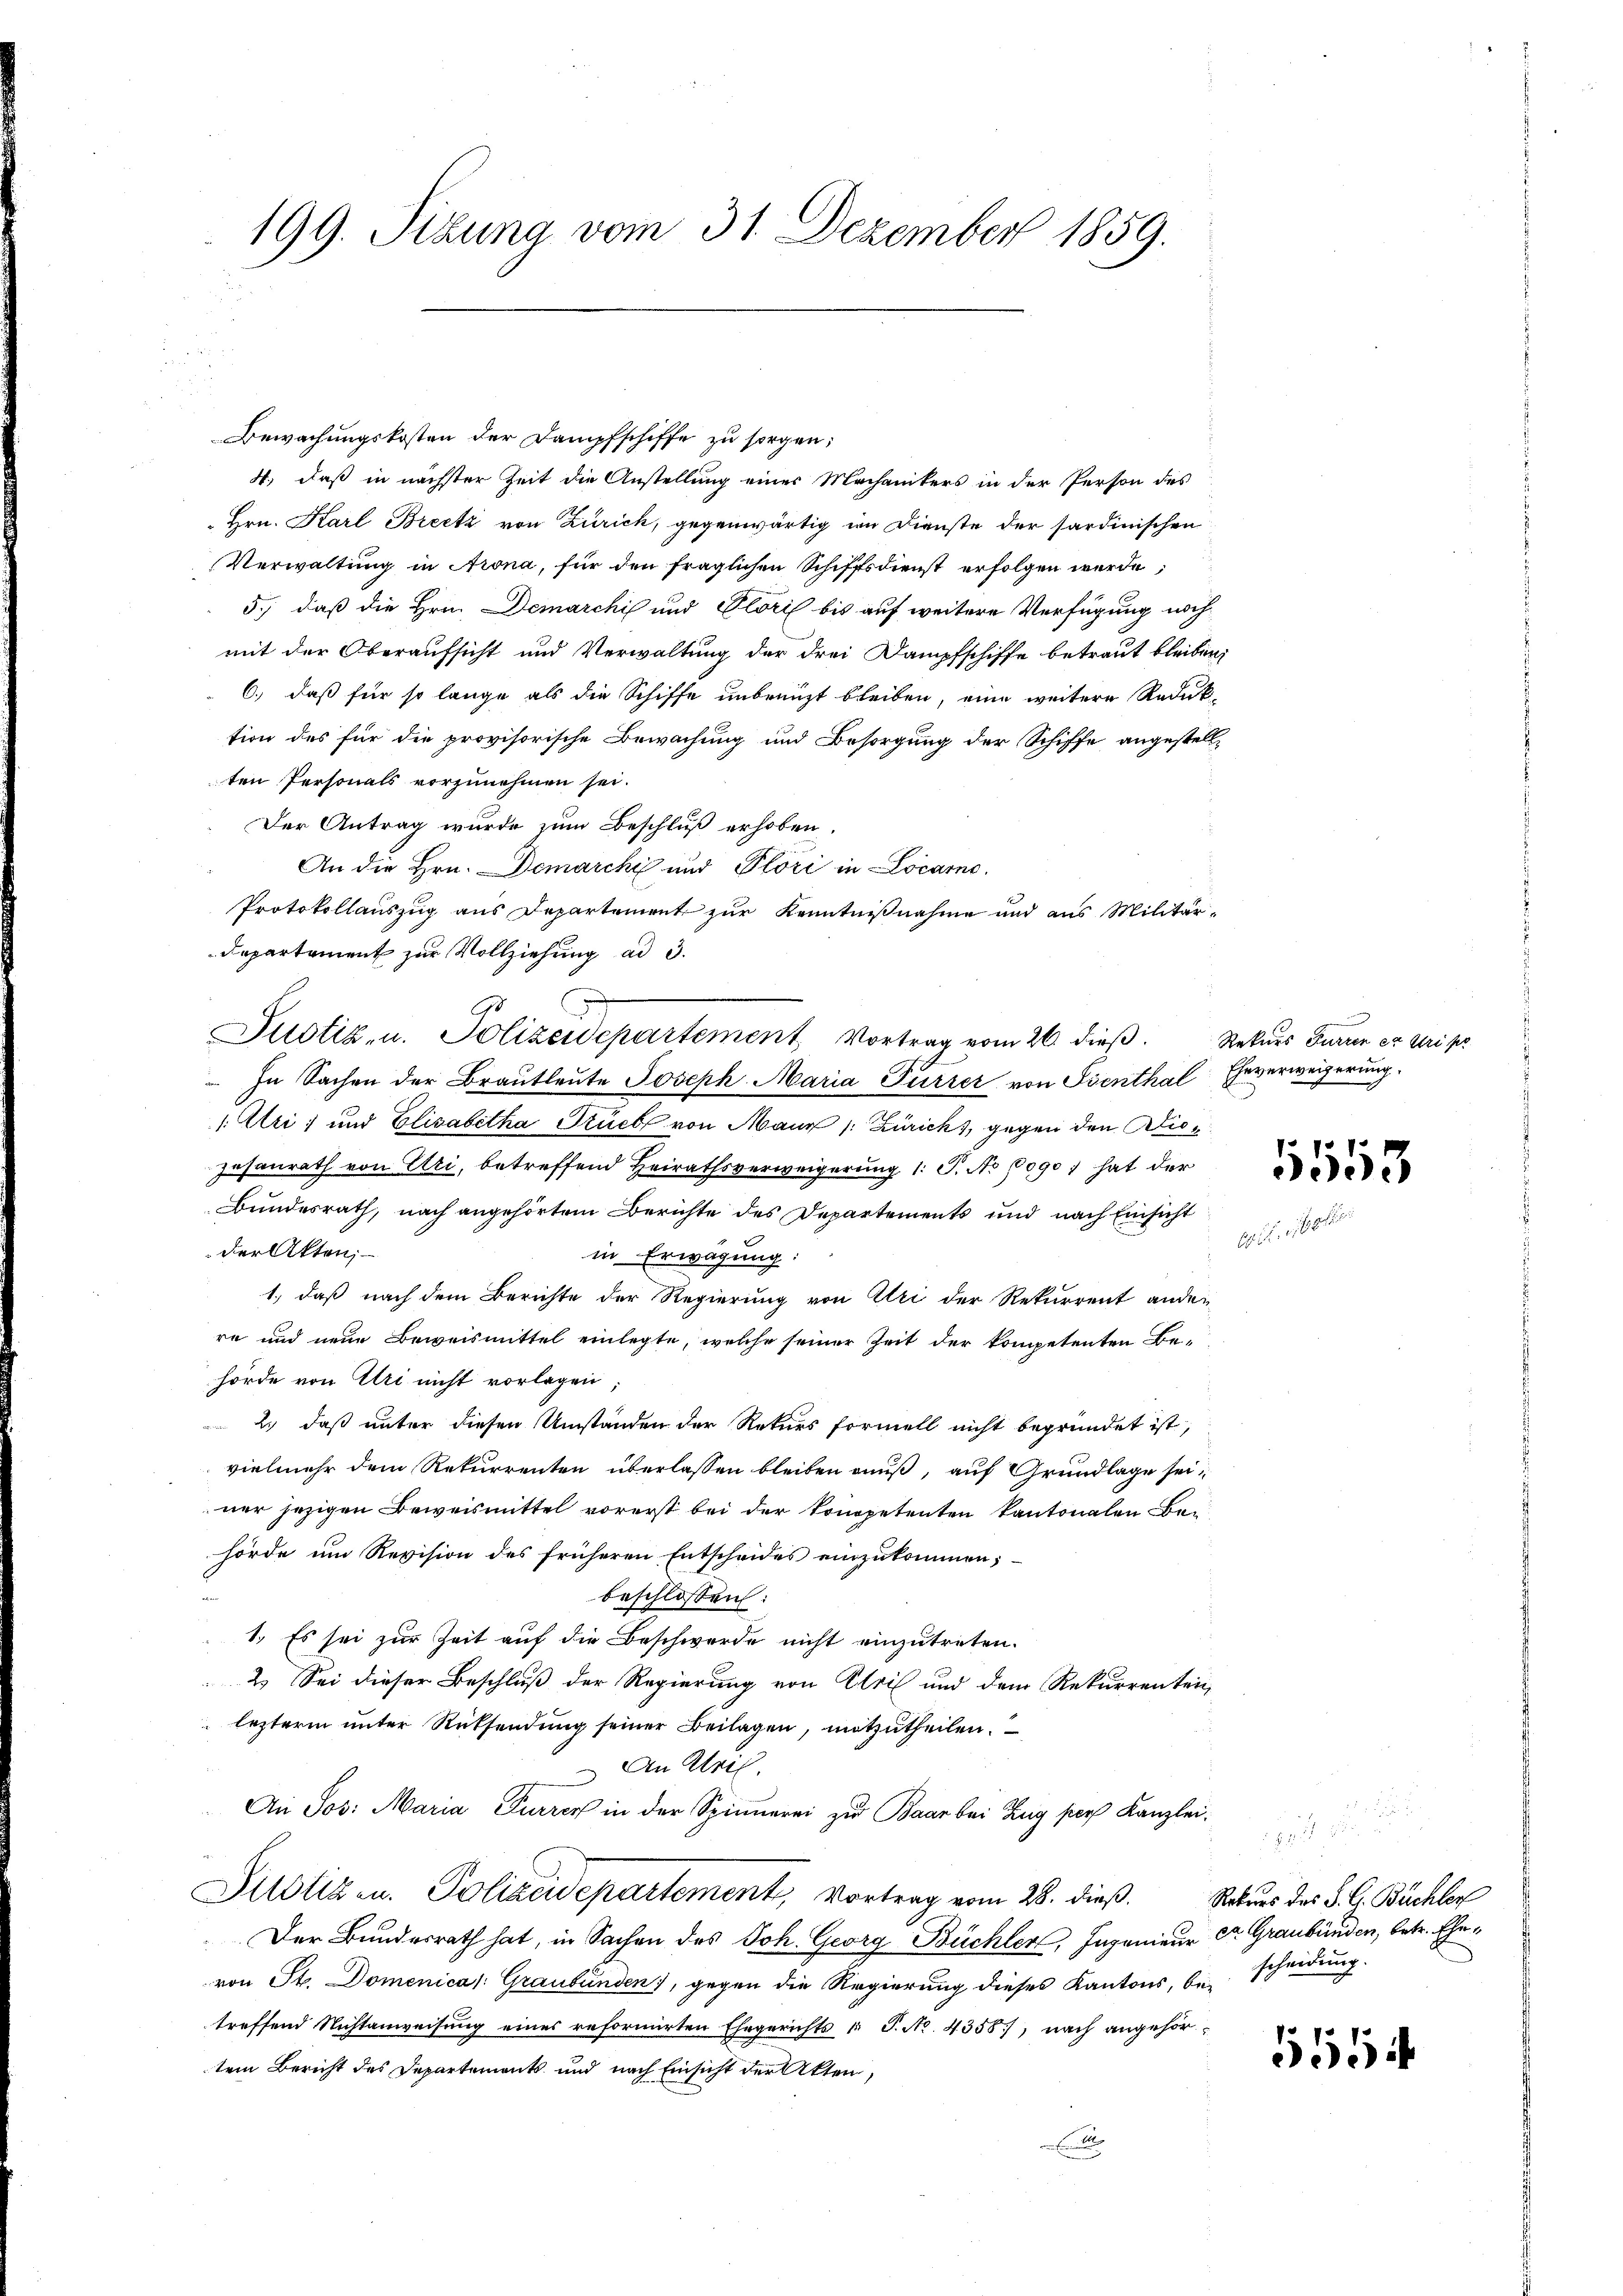
199. Sibung vom 31. Dezember 1859.

Bewachungskosten der Dampfschiffe zu sorgen;
4, daß in nächster Zeit die Anstellung einer Mechanikers in der Person des
Hrn. Karl Breetz von Zürich, gegenwärtig im Dienste der sardinischen
Verwaltung in Krona, für den fraglichen Schiffsdienst erfolgen werde,
5.) daß die Hrn. Demarchis und Plöri bis auf weitere Verfügung nachmit der Oberaufsicht und Verwaltung der drei Dampfschiffe betraut bleiben,
6.) daß für so lange als die Schiffe unbrecht bleiben, eine weitere Reduk
tion des für die provisorische Bewachung und Besorgung der Schiffe angestellten Personals vorzunehmen sei.
Der Antrag wurde zum Beschluß erhoben.
An die Hrn. Demarche und Plöri in Locarno.
Protokollauszug aus Departement zur Kenntnißnahme und aus Militär-
Departement zur Vollziehung ad 3.
.
Justiz- u. Polizeidepartement Vortrag vom 26. dieß. Rekurs Furren er ari pr
 In Sachen der Brautleute Joseph Maria Furrer von Ssenthal Eheverweigerung.
1. Uri, und Elisabetha Stück von Maur /: Zürich, gegen den Blic¬
Zasanrath von Uri, betreffend Heirathsverweigerung 1. P. No 1090) hat der
Bundesrath, nach angehörtem Berichte des Departements und nach Einsicht
der Akten;
in Erwägung:
1., daß nach dem Berichte der Regierung von Uri der Rekurrent ander
re und neue Beweismittel einlegte, welche seiner Zeit der kompetenten Behörde von Uri nicht vorlagen;
2.) daß unter diesen Umständen der Rekurs formell nicht begründet ist,
vielmehr dem Rekurrenten überlassen bleiben muß, auf Grundlage seiner jezigen Beweismittel vorerst bei der kompetenten kantonalen Be-
hörde um Revision des früheren Entscheides einzŭkommen;
beschlossen:
1.) Es sei zur Zeit auf die Beschwerde nicht einzutreten.
2. Sei dieser Beschluß der Regierung von Ulril und dem Rekurrenten,
lezterm unter Rücksendung seiner Beilagen, mitzutheilen.
An Atril.
An Sos: Maria Furrer in der Spinnerei zu Baar bei Zug pers Kanzlei-
Justizen. Polizeidepartement, Vortrag vom 28. dieß. Rekurs des S. G. Büchler
Der Bundesrath hat, in Sachen des Joh. Georg Büchler, Ingenieur Dr. Graubünden, betr. Ehevon St. Domenica /: Graubünden, gegen die Regierung dieses Kantons, be-
treffend Nichtanweisung eines reformirten Ehegerichts (T. No. 4358), nach angehörtem Bericht des Departements und nach Einsicht der Akten,
l

5553

scheidung.

556